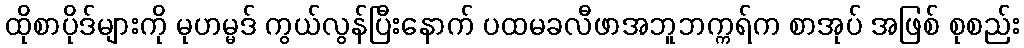
ထိုစာပိုဒ်များကို မုဟမ္မဒ် ကွယ်လွန်ပြီးနောက် ပထမခလီဖာအဘူဘက္ကရ်က စာအုပ် အဖြစ် စုစည်း